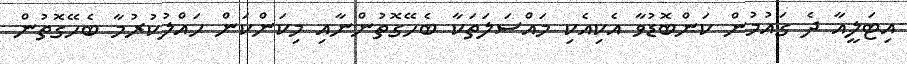
އިޓަލީއާ ދެ ގައުމުން ކަންބޮޑުވާ އެކިއެކި މައްސަލަތަކާ ބެހޭގޮތުންނާއި މިކަންކަން ހައްލުކުރުމާ ބެހޭގޮތުން